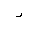
Letter: _ra